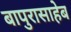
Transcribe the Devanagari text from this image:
बापुरासाहेब